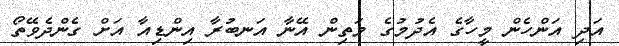
އަދި އަންހެން މީހާގެ އެދުމުގެ މަތިން އޭނާ އަނބުރާ އިންޑިއާ އަށް ގެންދެވޭތޯ